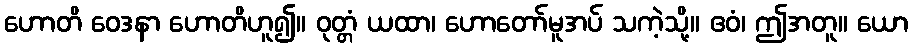
ဟောတိ ဝေဒနာ ဟောတိဟူ၍။ ဝုတ္တံ ယထာ၊ ဟောတော်မူအပ် သကဲ့သို့။ ဧဝံ၊ ဤအတူ။ ယော